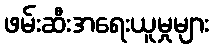
ဖမ်းဆီးအရေးယူမှုများ